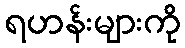
ရဟန်းများကို